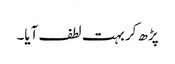
پڑھ کر بہت لطف آیا۔